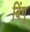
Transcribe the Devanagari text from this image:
बिंगू